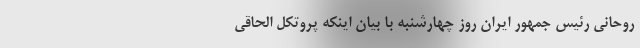
روحانی رئیس جمهور ایران روز چهارشنبه با بیان اینکه پروتکل الحاقی